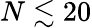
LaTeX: N\lesssim 20